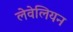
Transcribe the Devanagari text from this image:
लेवेलियन